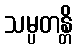
သမ္ပတန္တိ